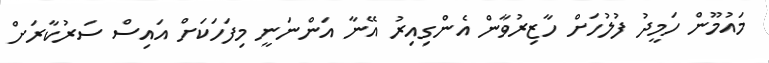
މައުމޫން ހަމީދު ފުލުހަށް ހާޒިރުވާން އެންގިއިރު އޭނާ އަންނަނީ މިފަހަކަށް އައިސް ސަރުކާރަށް